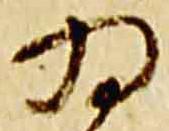
為